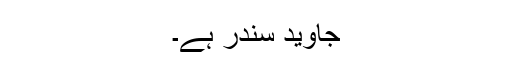
جاوید سندر ہے۔